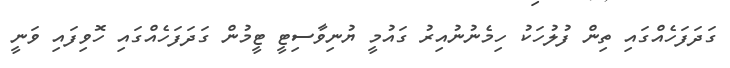
ގަދަފަހެއްގައި ތިން ފުލުހަކު ހިމެނުނުއިރު ގައުމީ ޔުނިވާސިޓީ ޓީމުން ގަދަފަހެއްގައި ހޮވިފައި ވަނީ